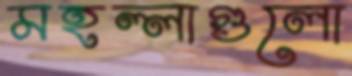
মহল্লাগুলো